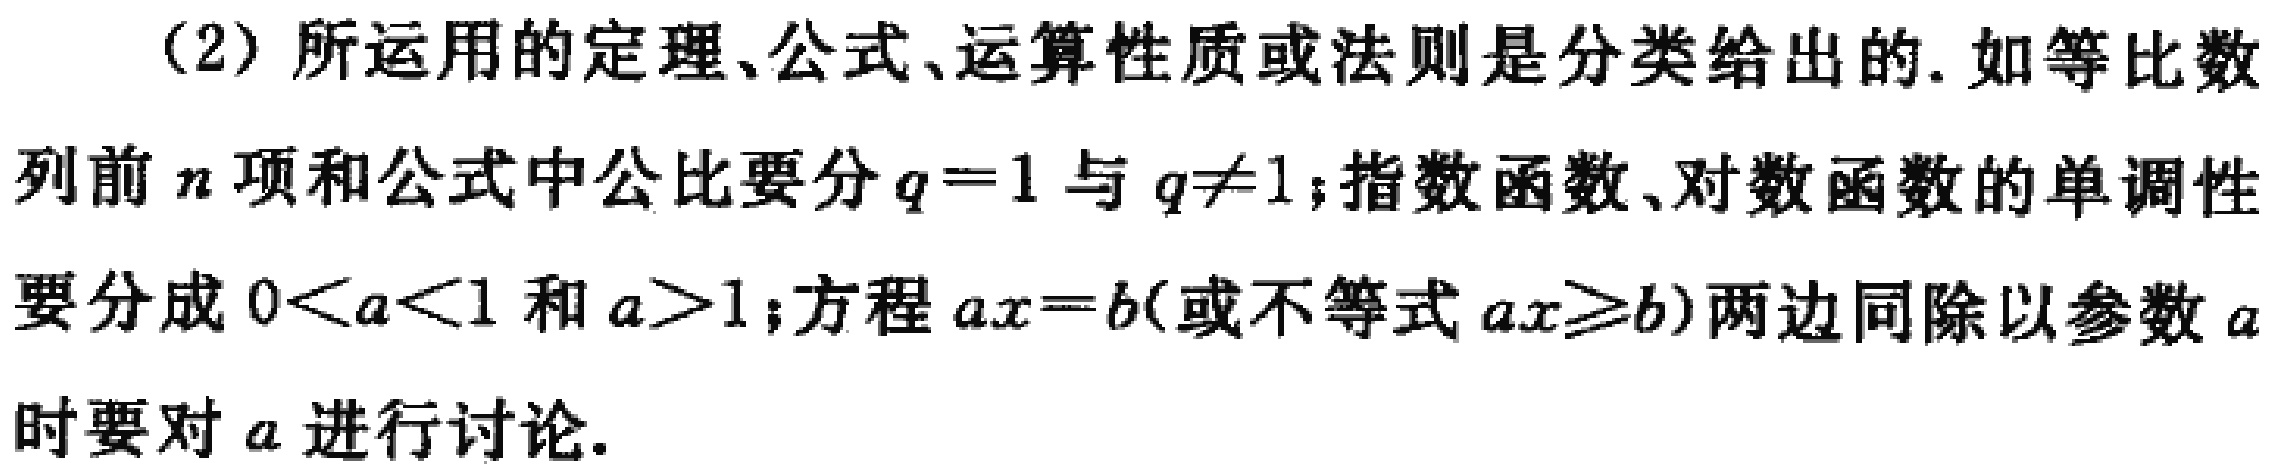
（2）所运用的定理、公式、运算性质或法则是分类给出的. 如等比数列前\(n\)项和公式中公比要分\(q = 1\)与\(q\neq1\)；指数函数、对数函数的单调性要分成\(0 < a < 1\)和\(a>1\)；方程\(ax = b\)(或不等式\(ax\geq b\))两边同除以参数\(a\)时要对\(a\)进行讨论.